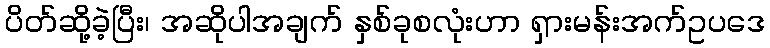
ပိတ်ဆို့ခဲ့ပြီး၊ အဆိုပါအချက် နှစ်ခုစလုံးဟာ ရှားမန်းအက်ဥပဒေ